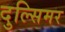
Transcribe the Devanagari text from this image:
दुल्सिमर